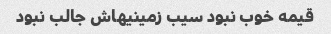
قیمه خوب نبود سیب زمینیهاش جالب نبود